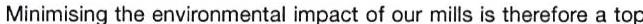
Minimising the environmental impact of our mills is therefore a top